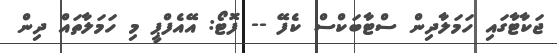
ޖަކާޓާގައި ހަމަލާދިން ސްޓާބަކްސް ކެފޭ -- ފޮޓޯ: އޭއެފްޕީ މި ހަމަލާތައް ދިން